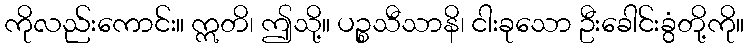
ကိုလည်းကောင်း။ ဣတိ၊ ဤသို့။ ပဉ္စသီသာနိ၊ ငါးခုသော ဦးခေါင်းခွံတို့ကို။